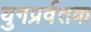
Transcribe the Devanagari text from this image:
युगप्रर्वतक